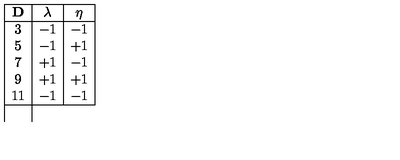
\begin{array} { | c | c | c | } \hline { { \bf D } } & { \lambda } & { \eta } \\ \hline { 3 } & { - 1 } & { - 1 } \\ { 5 } & { - 1 } & { + 1 } \\ { 7 } & { + 1 } & { - 1 } \\ { 9 } & { + 1 } & { + 1 } \\ { 1 1 } & { - 1 } & { - 1 } \\ \hline { } \\ \end{array}